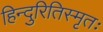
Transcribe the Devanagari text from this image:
हिन्दुरितिस्मृतः